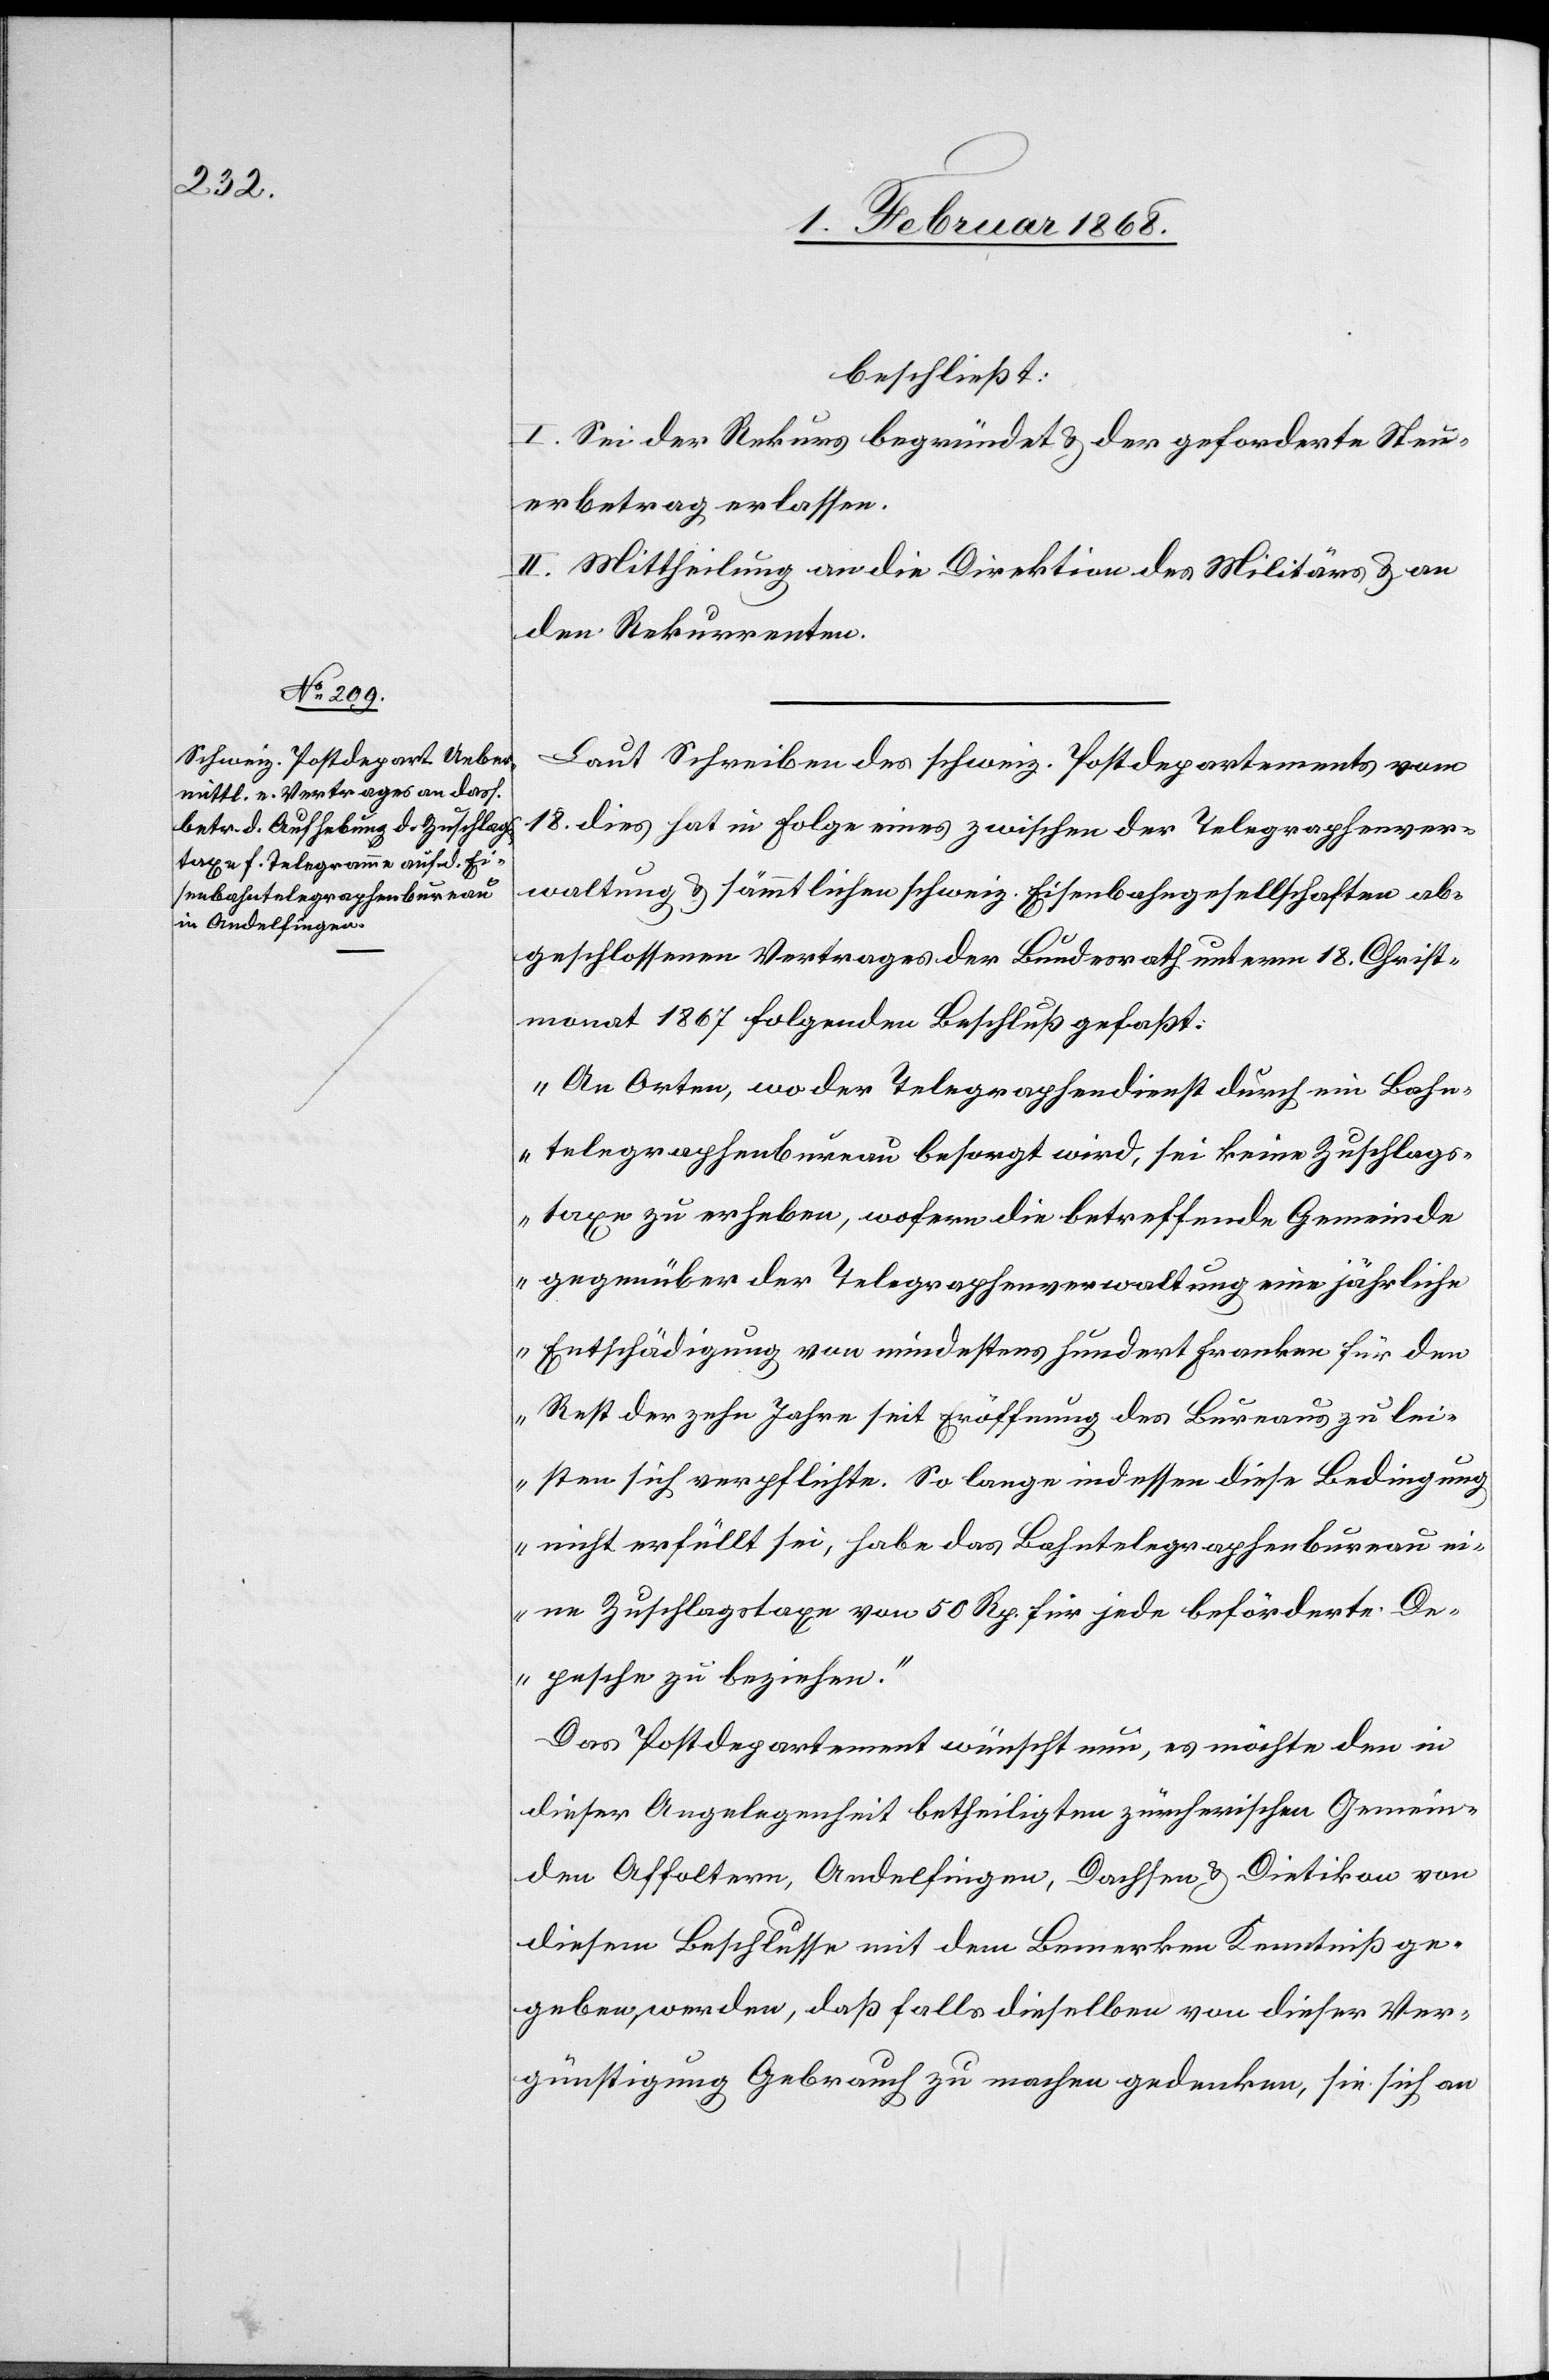
beschließt:
I. Sei der Rekurs begründet & der geforderte Steu¬
erbetrag erlassen.
II. Mittheilung an die Direktion des Militärs & an
den Rekurrenten.
Laut Schreiben des schweiz. Postdepartements vom
18. dies hat in Folge eines zwischen der Telegraphenver¬
waltung & sämmtlichen schweiz. Eisenbahngesellschaften ab¬
geschlossenen Vertrages der Bundesrath unterm 18. Christ¬
monat 1867 folgenden Beschluß gefaßt:
„An Orten, wo der Telegraphendienst durch ein Bahn¬
telegraphenbureau besorgt wird, sei keine Zuschlags¬
taxe zu erheben, wofern die betreffende Gemeinde
gegenüber der Telegraphenverwaltung eine jährliche
Entschädigung von mindestens hundert Franken für den
Rest der zehn Jahre seit Eröffnung des Bureaus zu lei¬
sten sich verpflichte. So lange indessen diese Bedingung
nicht erfüllt sei, habe das Bahntelegraphenbureau ei¬
ne Zuschlagstaxe von 50 Rp. für jede beförderte De¬
pesche zu beziehen.“
Das Postdepartement wünscht nun, es möchte den in
dieser Angelegenheit betheiligten zürcherischen Gemein¬
den Affoltern, Andelfingen, Dachsen & Dietikon von
diesem Beschlusse mit dem Bemerken Kenntniß ge¬
geben werden, daß falls dieselben von dieser Ver¬
günstigung Gebrauch zu machen gedenken, sie sich an